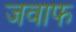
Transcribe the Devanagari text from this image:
जवाफ